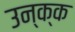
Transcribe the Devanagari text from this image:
उन्क्क